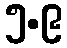
၅.၉